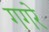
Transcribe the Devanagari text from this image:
गगरे